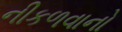
નીકળવાનો